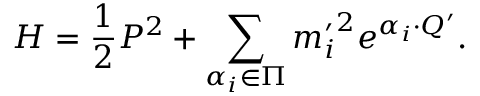
{ \cal H } = { \frac { 1 } { 2 } } P ^ { 2 } + \sum _ { \alpha _ { i } \in \Pi } { m _ { i } ^ { \prime } } ^ { 2 } e ^ { \alpha _ { i } \cdot Q ^ { \prime } } .